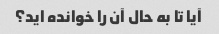
آیا تا به حال آن را خوانده اید؟